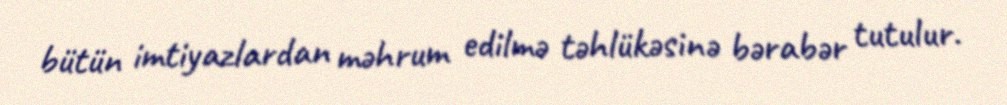
bütün imtiyazlardan məhrum edilmə təhlükəsinə bərabər tutulur.